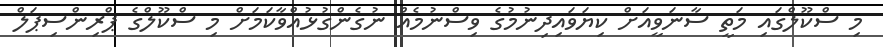
މި ސްކޫލްގައި މަތީ ސާނަވީއަށް ކިޔަވައިދިނުމުގެ ވިސްނުމެއްް ނުގެންގުޅުއްވާކަމަށް މި ސްކޫލްގެ ޕްރިންސިޕަލް